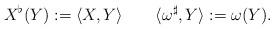
LaTeX: \begin{align*}X^\flat(Y) := \langle X,Y\rangle\quad\quad\langle\omega^\sharp,Y\rangle := \omega(Y). \end{align*}